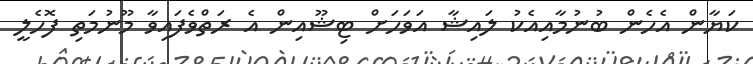
ކަޔާން އެހެން ބުނުމާއިއެކު ލައިޝާ އަވަހަށް ޓިޝޫއިން އެ ރަތްވެފައިވާ މޫނުމަތި ފޮހެލީ